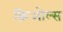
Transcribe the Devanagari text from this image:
क्रिओल्स